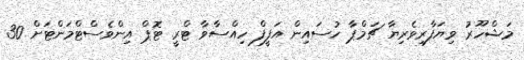
މަޝްހޫރު ވިޔަފާރިވެރިޔާ ޗަމްޕާ ހުސައިން އަފީފް ހިއްސާވާ ޓްރީ ޓޮޕް އިންވެސްޓްމަންޓަށް 30